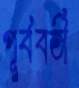
পূর্ববর্তী